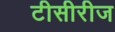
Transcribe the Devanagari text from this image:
टीसीरीज